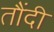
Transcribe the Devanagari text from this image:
तौंदी